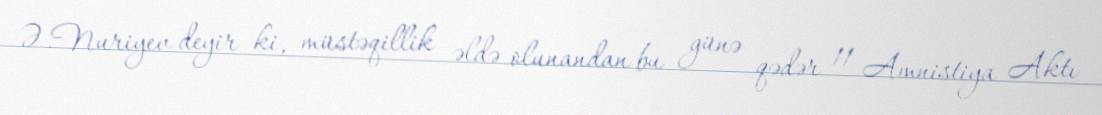
Ə.Nuriyev deyir ki, müstəqillik əldə olunandan bu günə qədər 11 Amnistiya Aktı